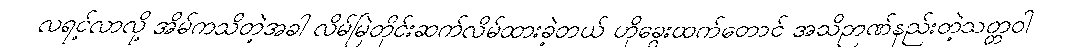
လရင့်လာလို့ အိမ်ကသိတဲ့အခါ လိမ်မြဲတိုင်းဆက်လိမ်ထားခဲ့တယ် ဟိုခွေးထက်တောင် အသိဉာဏ်နည်းတဲ့သတ္တဝါ